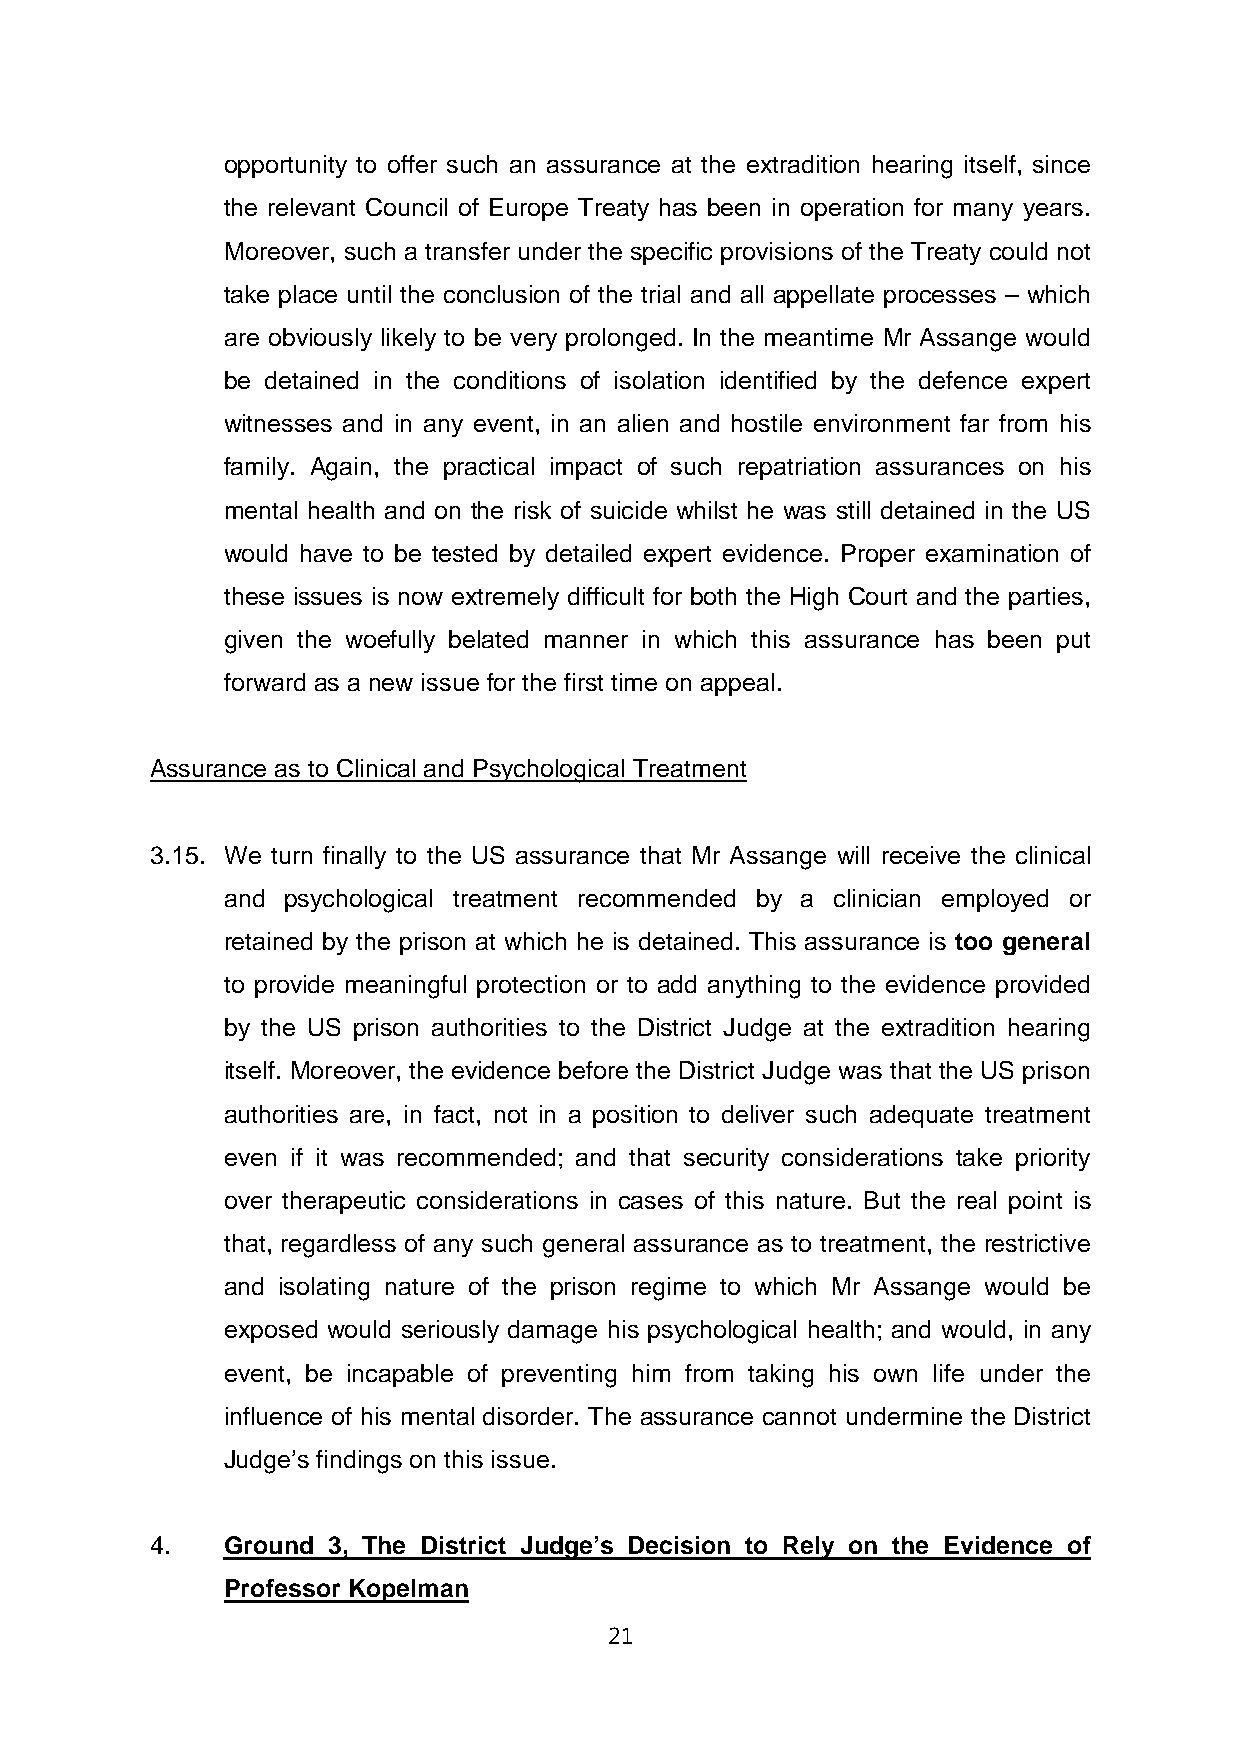
opportunity to offer such an assurance at the extradition hearing itself, since
 the relevant Council of Europe Treaty has been in operation for many years.
 Moreover, such a transfer under the specific provisions of the Treaty could not
 take place until the conclusion of the trial and all appellate processes – which
 are obviously likely to be very prolonged. In the meantime Mr Assange would
 be detained in the conditions of isolation identified by the defence expert
 witnesses and in any event, in an alien and hostile environment far from his
 family. Again, the practical impact of such repatriation assurances on his
 mental health and on the risk of suicide whilst he was still detained in the US
 would have to be tested by detailed expert evidence. Proper examination of
 these issues is now extremely difficult for both the High Court and the parties,
 given the woefully belated manner in which this assurance has been put
 forward as a new issue for the first time on appeal.
 Assurance as to Clinical and Psychological Treatment
 3.15. We turn finally to the US assurance that Mr Assange will receive the clinical
 and psychological treatment recommended by a clinician employed or
 retained by the prison at which he is detained. This assurance is too general
 to provide meaningful protection or to add anything to the evidence provided
 by the US prison authorities to the District Judge at the extradition hearing
 itself. Moreover, the evidence before the District Judge was that the US prison
 authorities are, in fact, not in a position to deliver such adequate treatment
 even if it was recommended; and that security considerations take priority
 over therapeutic considerations in cases of this nature. But the real point is
 that, regardless of any such general assurance as to treatment, the restrictive
 and isolating nature of the prison regime to which Mr Assange would be
 exposed would seriously damage his psychological health; and would, in any
 event, be incapable of preventing him from taking his own life under the
 influence of his mental disorder. The assurance cannot undermine the District
 Judge’s findings on this issue.
 4.   Ground 3, The District Judge’s Decision to Rely on the Evidence of
 Professor Kopelman
 21